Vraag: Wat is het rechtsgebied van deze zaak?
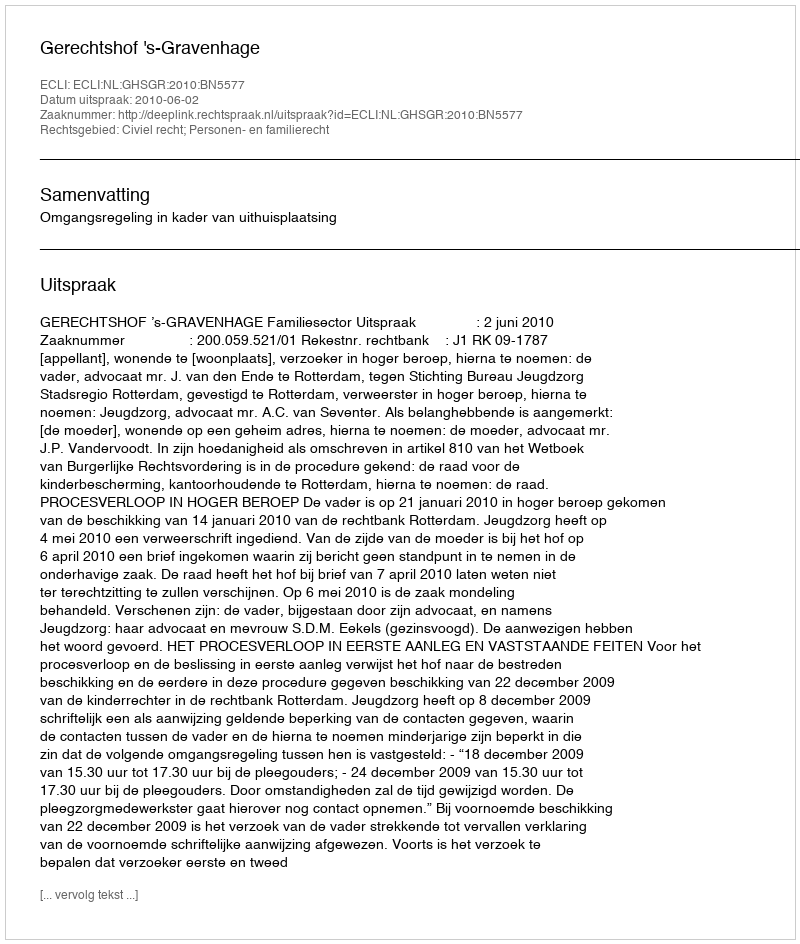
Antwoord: Civiel recht; Personen- en familierecht